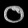
Digit: ၀